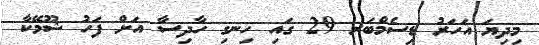
މިދިޔަ އަހަރު ޑިސެމްބަރ 29 ގައި ހިނގި ހާދިސާ އަށް ފަހު ޝޫމޭކާ